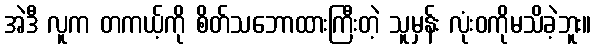
အဲဒီ လူက တကယ့်ကို စိတ်သဘောထားကြီးတဲ့ သူမှန်း လုံးဝကိုမသိခဲ့ဘူး။